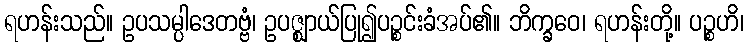
ရဟန်းသည်။ ဥပသမ္ပါဒေတဗ္ဗံ၊ ဥပဇ္ဈာယ်ပြု၍ပဉ္စင်းခံအပ်၏။ ဘိက္ခဝေ၊ ရဟန်းတို့။ ပဉ္စဟိ၊